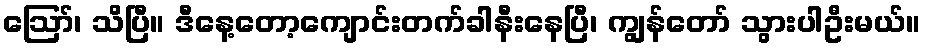
ဪ၊ သိပြီ။ ဒီနေ့တော့ကျောင်းတက်ခါနီးနေပြီ၊ ကျွန်တော် သွားပါဦးမယ်။